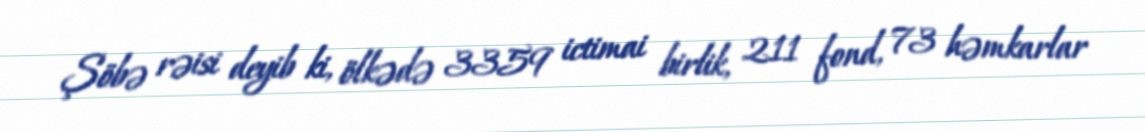
Şöbə rəisi deyib ki, ölkədə 3359 ictimai birlik, 211 fond, 73 həmkarlar